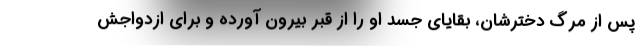
پس از مرگ دخترشان، بقایای جسد او را از قبر بیرون آورده و برای ازدواجش